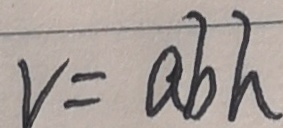
v = a b h